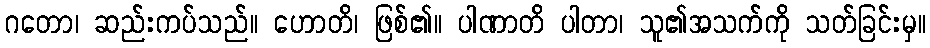
ဂတော၊ ဆည်းကပ်သည်။ ဟောတိ၊ ဖြစ်၏။ ပါဏာတိ ပါတာ၊ သူ၏အသက်ကို သတ်ခြင်းမှ။